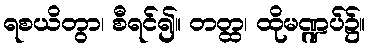
ရစယိတွာ၊ စီရင်၍။ တတ္ထ၊ ထိုမဏ္ဍပ်၌။